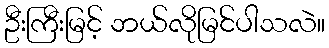
ဦးကြီးမြင့် ဘယ်လိုမြင်ပါသလဲ။